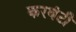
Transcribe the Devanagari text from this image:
करवंटी